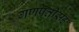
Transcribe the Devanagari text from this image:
गणपतीसह